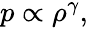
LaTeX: \begin{array}{r}{p\propto\rho^{\gamma},}\end{array}